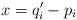
LaTeX: \begin{align*}x = q_i' - p_i\end{align*}